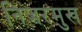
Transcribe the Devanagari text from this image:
निजरमुख